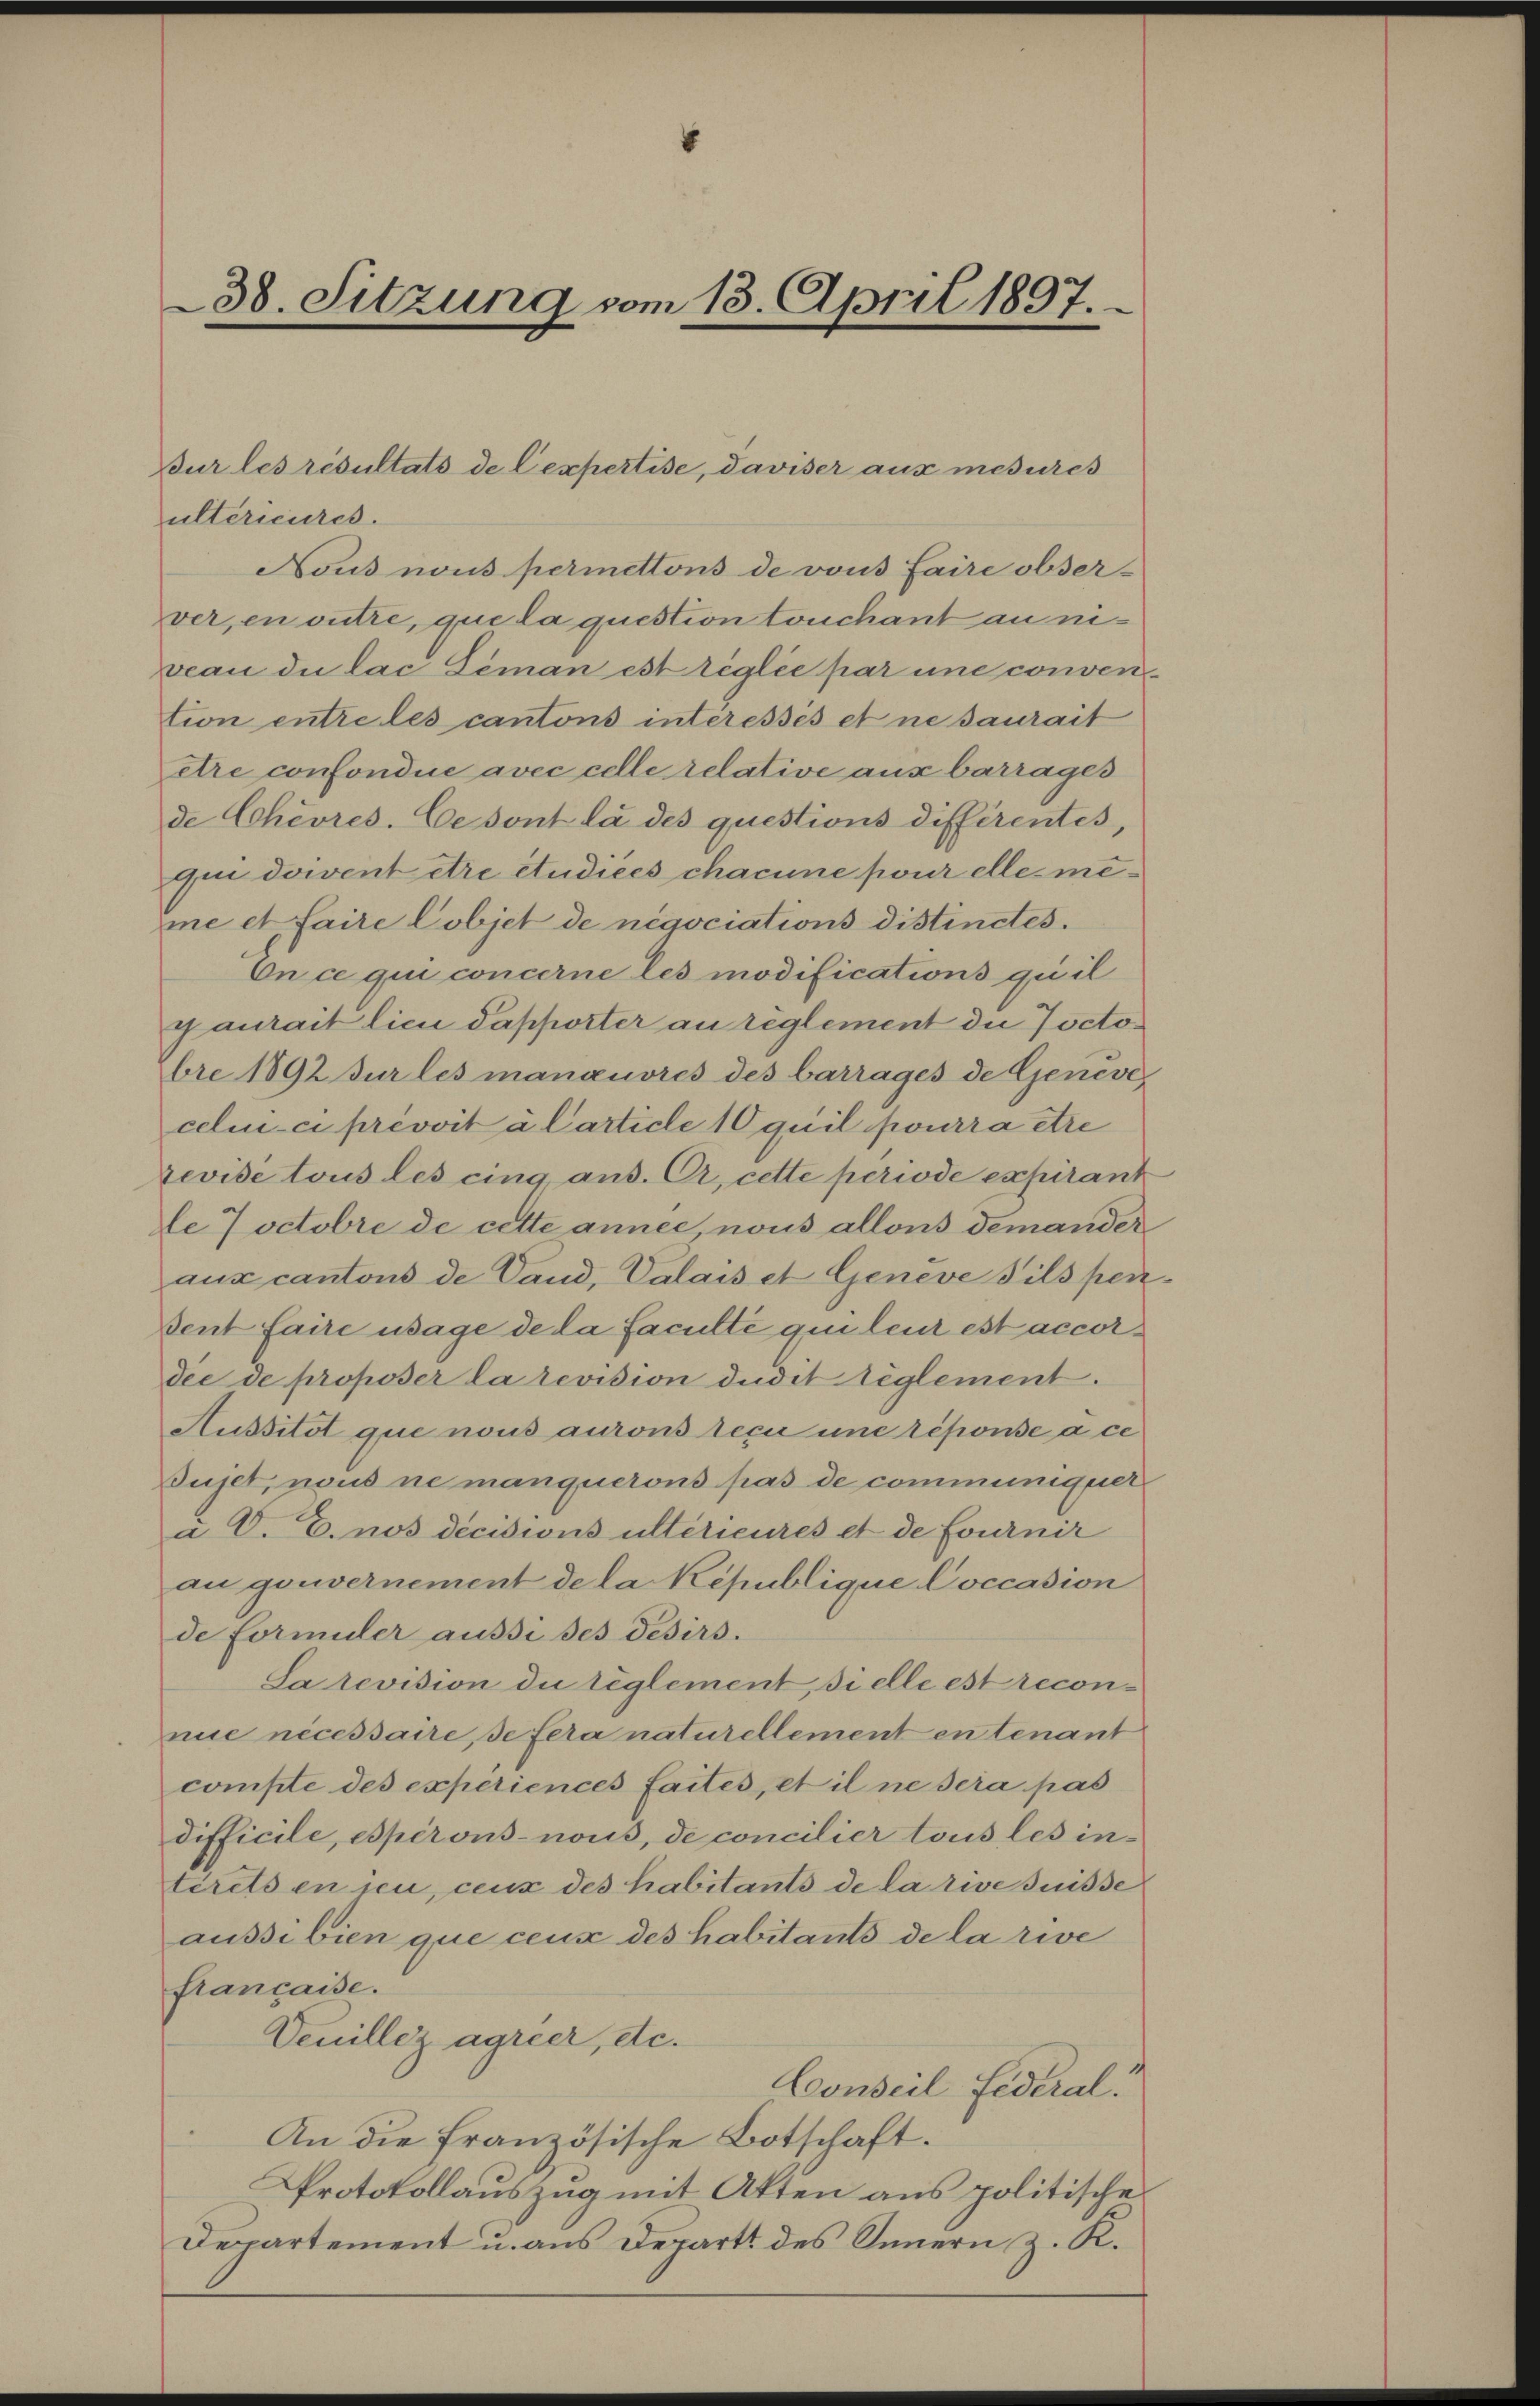
38. Sitzung vom 13. April 1897.

ultérieures.
Nous nous permettons de vous faire obser-
ver, en outre, que la question touchant au niveau die lac Léman est réglée par une convention entre les cantons interesses et ne saurait
etre confondire avec celle relative aus barrages
de Cchèvres. Ce sont la des questions différentes,
qui dovent être étudices chacune pour elle meme et faire Cobjet de négociations distinctes.
On ce qui concerne les modifications quil
gaurait lieu Papporter au reglement die Joctobre 1892 sur les manquiores des barrages de Geneve
celui-ci prévoit à Carticle 10 quil pourra être
revide tous les eing aus. C, cette periode expirant
le Joctobre de cette année, nous allons demander
aux cantons de Gand, Valais et Genève Pilspen-
Dent faire usage de la faculté qui lei est accordee de proposer la revision dudit reglement.
Aussitôt que nous aurons tecu une réponse a ce
Sujet, nous ne manquerons pas de communiquet
a C. E. nos decisions ultérieures et de fournir
au gouvernement de la République Coccasion
de Formuler aussi ses Tesirs.
Sarevision du règlement, si elle est recon
nue nécessaire, se fera naturellement en tenant
compte des experiences faites, et il ne sera pas
difficile, espèrons- nous, de concilier tous les interets en sei, ceux des habitants de la rive suisse
aussi bien que ceux des habitants de la rive
fiancaise.
Venillez agreer, etc.
Conseil Federal
An die französische Botschaft.
Protokollauszug mit Atten aus politische
Decartement u. aus Departt des Innern z. K.

Bur les resultats de Cespertise, daviser aus mesures